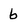
Character: b